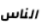
الناس